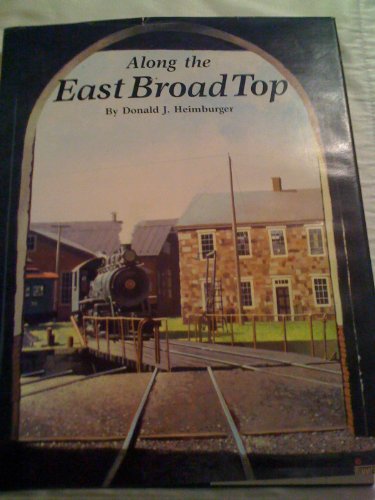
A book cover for Along the East Broad Top; Don Heimburger; Travel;